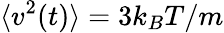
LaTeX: \langle v^{2}(t)\rangle=3k_{B}T/m